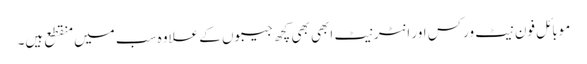
موبائل فون نیٹ ورکس اور انٹرنیٹ ابھی بھی کچھ جیبوں کے علاوہ سب میں منقطع ہیں۔